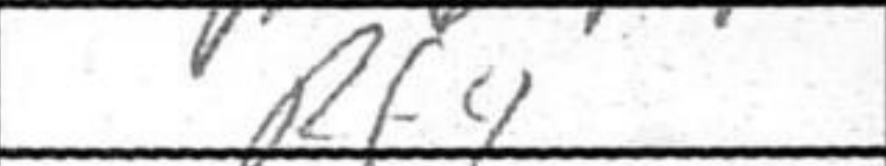
Transcription: Rf4